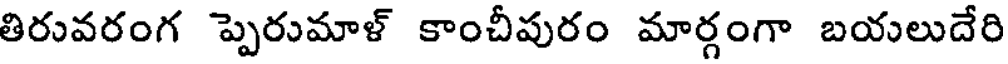
తిరువరంగ ప్పెరుమాళ్ కాంచీపురం మార్గంగా బయలుదేరి